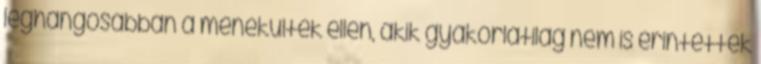
leghangosabban a menekültek ellen, akik gyakorlatilag nem is érintettek